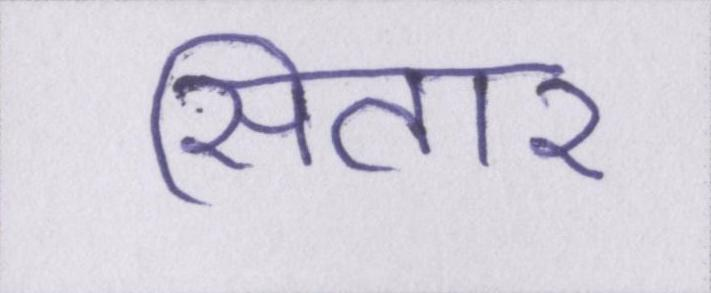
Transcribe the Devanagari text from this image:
सितार